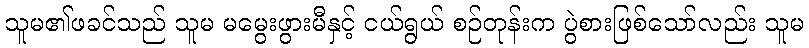
သူမ၏ဖခင်သည် သူမ မမွေးဖွားမီနှင့် ငယ်ရွယ် စဉ်တုန်းက ပွဲစားဖြစ်သော်လည်း သူမ